Report of the Municipal Commissioner on the plague in Bombay for the year ending 31st May... - Volume 3
Disease focus: Plague
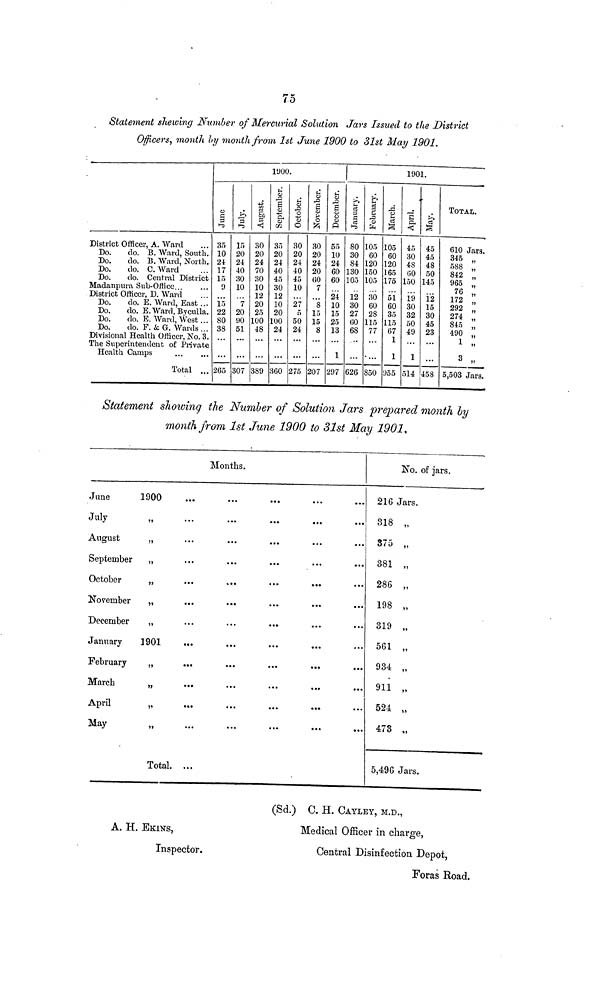
75
Statement shewing Number of Mercurial Solution Jars Issued to the District
Officers, month by month from 1st June 1900 to 31st May 1901.
District Officer, A. Ward
Do.
do. B. Ward, South.
Do.
do. B. Ward, North.
Do.
do. C. Ward
Do.
do. Central District
Madanpura Sub-Office...
District Officer, D. Ward
Do.
do. E. Ward, East ...
Do.
do. E.Ward, Byculla.
Do.
do. E.Ward, West...
Do.
do. F. & G. Wards...
Divisional Health Officer. No. 3.
The Superintendent of Private
Health Camps
Total ...
1900.
June.
35
10
24
17
15
9
15
22
80
38
265
July.
15
20
24
40
30
10
7
20
90
51
307
August.
30
20
24
70
30
10
12
20
25
100
48
389
September.
35
20
24
40
45
30
12
10
20
100
24
360
October.
30
20
24
40
45
10
27
5
50
24
275
November.
30
20
24
20
60
7
.
8
15
15
8
207
December.
55
10
24
60
60
24
10
15
25
13
1
297
1901.
January.
80
30
84
130
105
12
30
27
60
68
626
February.
105
60
120
150
105
30
60
28
115
77
850
March.
105
60
120
165
175
51
60
35
115
67
1
1
955
April.
45
30
48
60
150
19
30
32
50
49
1
514
45
45
48
50
145
12
15
30
45
23
...
458
TOTAL.
610 Jars.
345 ,.
588 „
842 „
965 „
76
172 „
292 „
274 „
845
490 „
1 „
3 „
5,503 Jars.
Statement showing the Number of Solution Jars prepared month by
month from 1st June 1900 to 31st May 1901,
June
July
August
September
October
November
December
January
February
March
April
May
1900
"
"
"
"
"
"
1901
"
"
"
"
...
...
...
...
...
...
...
...
...
...
...
...
Total. ...
Months.
...
...
...
...
...
...
...
...
...
...
...
...
...
...
...
...
...
...
...
...
...
...
...
...
..
...
...
...
...
...
...
...
...
...
...
...
...
...
...
...
...
...
...
..
No. of jars.
216 Jars.
318 „
375 „
381 „
286 „
198 „
319 „
561 „
934 „
911 „
524 „
473 „
5,496 Jars.
(Sd.)
C. H. CAYLEY, M.D.,
A. H. EKINS,
Medical Officer in charge,
Inspector.
Central Disinfection Depot,
Foras Road.